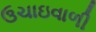
ઉચાઇવાળી